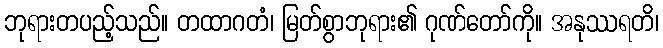
ဘုရားတပည့်သည်။ တထာဂတံ၊ မြတ်စွာဘုရား၏ ဂုဏ်တော်ကို။ အနုဿရတိ၊